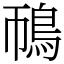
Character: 鳾